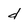
Character: d